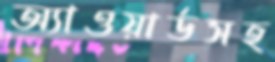
অ্যাওয়ার্ডসহ